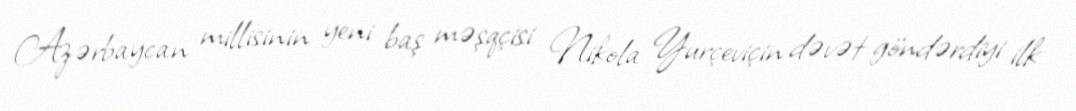
Azərbaycan millisinin yeni baş məşqçisi Nikola Yurçeviçin dəvət göndərdiyi ilk